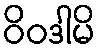
ဝိဝဒါမိ